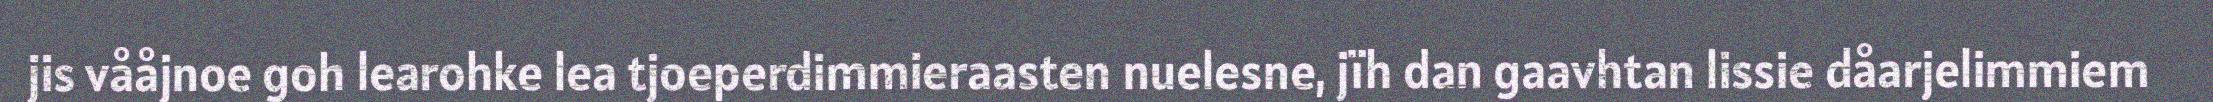
jis vååjnoe goh learohke lea tjoeperdimmieraasten nuelesne, jïh dan gaavhtan lissie dåarjelimmiem